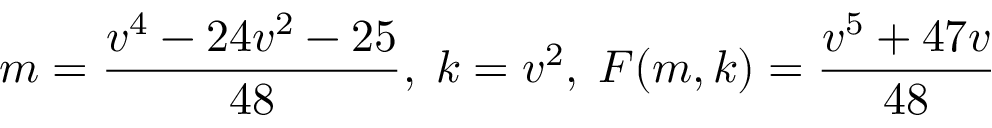
m = { \frac { v ^ { 4 } - 2 4 v ^ { 2 } - 2 5 } { 4 8 } } , \; k = v ^ { 2 } , \; F ( m , k ) = { \frac { v ^ { 5 } + 4 7 v } { 4 8 } }